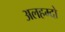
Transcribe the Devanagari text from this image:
अलहम्दो